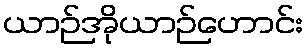
ယာဉ်အိုယာဉ်ဟောင်း